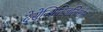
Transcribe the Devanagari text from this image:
देसेन्सितिज़तिओन